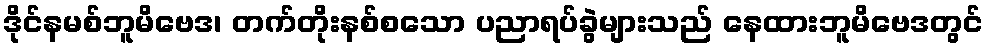
ဒိုင်နမစ်ဘူမိဗေဒ၊ တက်တိုးနစ်စသော ပညာရပ်ခွဲများသည် နေထားဘူမိဗေဒတွင်